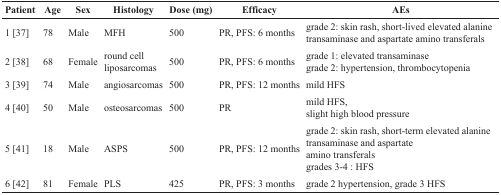
<table><thead><tr><td><b>Patient</b></td><td><b>Age</b></td><td><b>Sex</b></td><td><b>Histology</b></td><td><b>Dose (mg)</b></td><td><b>Efficacy</b></td><td><b>AEs</b></td></tr></thead><tbody><tr><td>1 [37]</td><td>78</td><td>Male</td><td>MFH</td><td>500</td><td>PR, PFS: 6 months</td><td>grade 2: skin rash, short-lived elevated alanine transaminase and aspartate amino transferals</td></tr><tr><td>2 [38]</td><td>68</td><td>Female</td><td>round cell liposarcomas</td><td>500</td><td>PR, PFS: 6 months</td><td>grade 1: elevated transaminase grade 2: hypertension, thrombocytopenia</td></tr><tr><td>3 [39]</td><td>74</td><td>Male</td><td>angiosarcomas</td><td>500</td><td>PR, PFS: 12 months</td><td>mild HFS</td></tr><tr><td>4 [40]</td><td>50</td><td>Male</td><td>osteosarcomas</td><td>500</td><td>PR</td><td>mild HFS, slight high blood pressure</td></tr><tr><td>5 [41]</td><td>18</td><td>Male</td><td>ASPS</td><td>500</td><td>PR, PFS: 12 months</td><td>grade 2: skin rash, short-term elevated alanine transaminase and aspartate amino transferals grades 3-4 : HFS</td></tr><tr><td>6 [42]</td><td>81</td><td>Female</td><td>PLS</td><td>425</td><td>PR, PFS: 3 months</td><td>grade 2 hypertension, grade 3 HFS</td></tr></tbody></table>